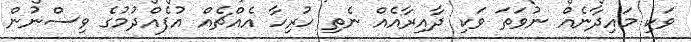
ވަކި މައިދާނެއް ނުވަތަ ވަކި ދާއިރާއެއް ނެތި ހުރިހާ އެއްޗެއް އުފެއްދުމުގެ ވިސްނުން